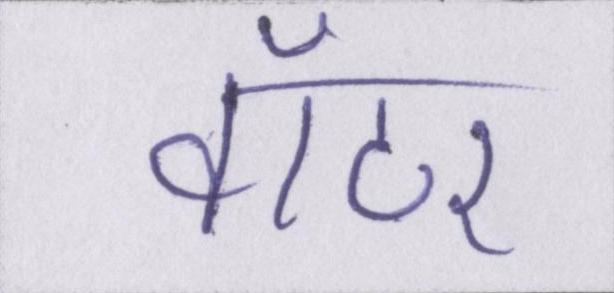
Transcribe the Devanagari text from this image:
वॉटर